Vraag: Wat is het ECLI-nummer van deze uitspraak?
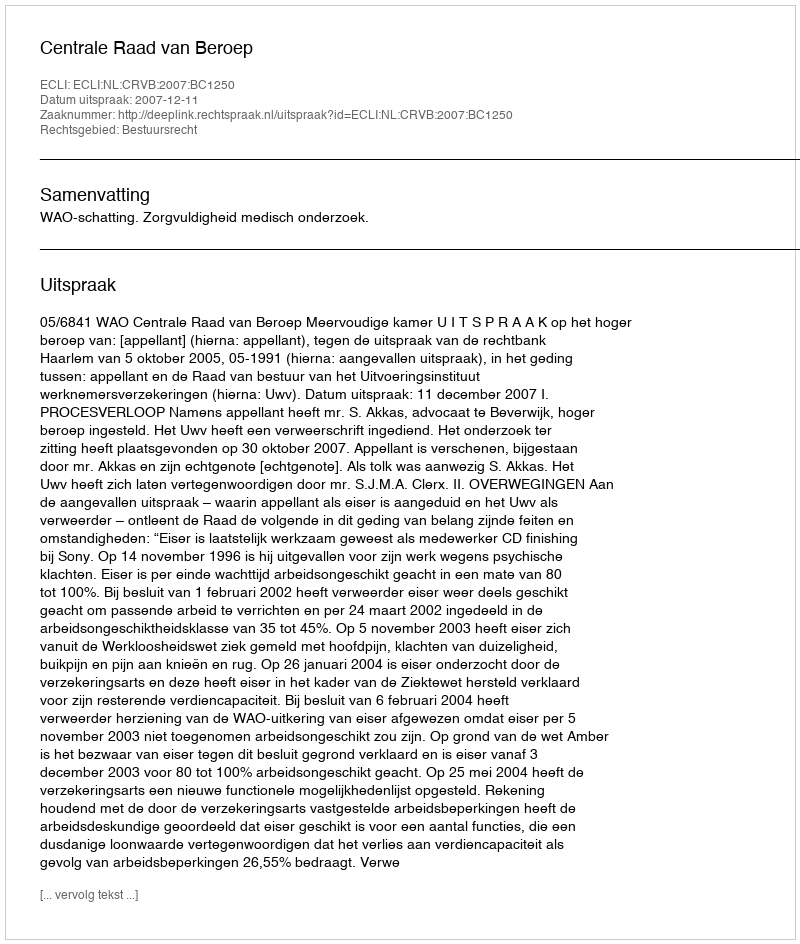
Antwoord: ECLI:NL:CRVB:2007:BC1250